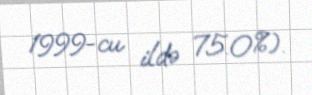
1999-cu ildə 75.0%).